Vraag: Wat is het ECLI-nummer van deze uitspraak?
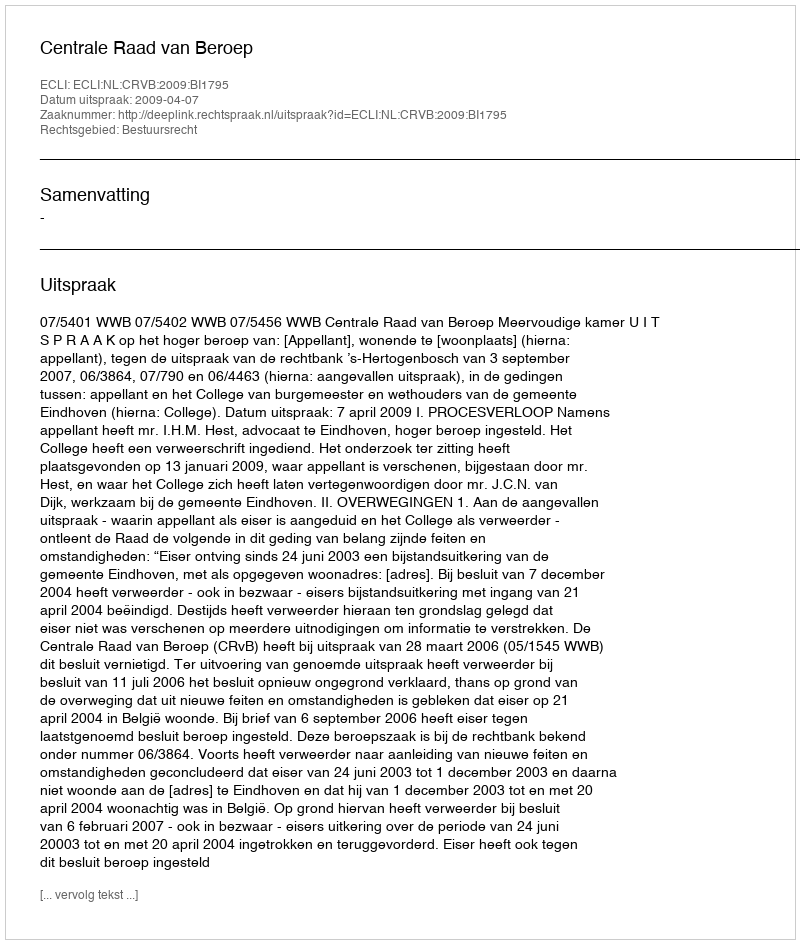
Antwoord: ECLI:NL:CRVB:2009:BI1795